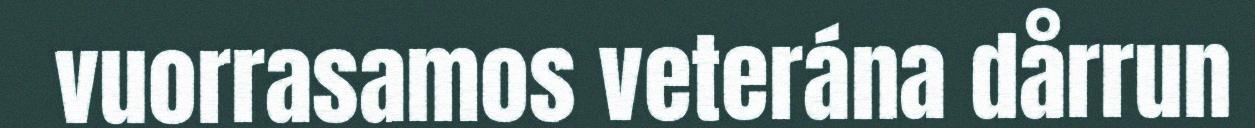
vuorrasamos veterána dårrun